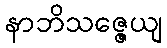
နာဘိသဇ္ဇေယျ